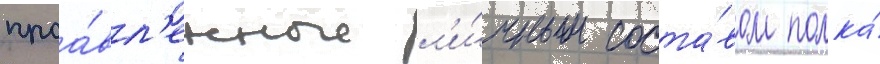
проа́вл'енные л'и́чным соста́вом полка́